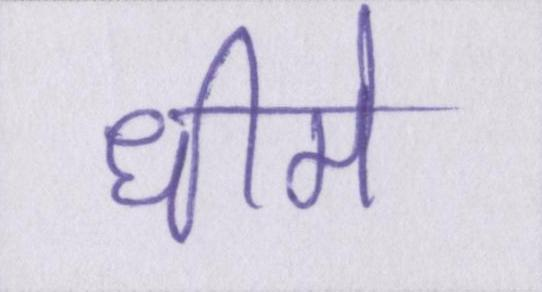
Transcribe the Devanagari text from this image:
धीमे